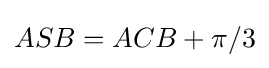
ASB=ACB+\pi /3